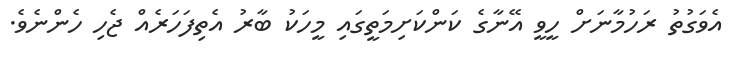
އެވަގުތު ރަހުމާނަށް ހީވީ އޭނާގެ ކަންކަށިމަތީގައި މީހަކު ބާރު އެތިފަހަރެއް ޖެހި ހެންނެވެ.